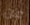
عن